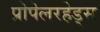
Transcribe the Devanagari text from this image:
प्रोपेलरहेड्स